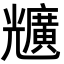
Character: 兤